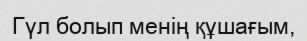
Гүл болып менің құшағым,